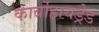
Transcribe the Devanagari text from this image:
कार्बोहायड्रेड